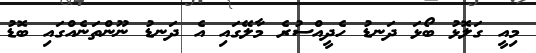
މިއީ ގަލޮޅު ބޯޅަ ދަނޑު ހެދީއްސުރެ މާލޭގައި އެ ދަނޑު ނޫންތަނެއްގައި ބޮޑު